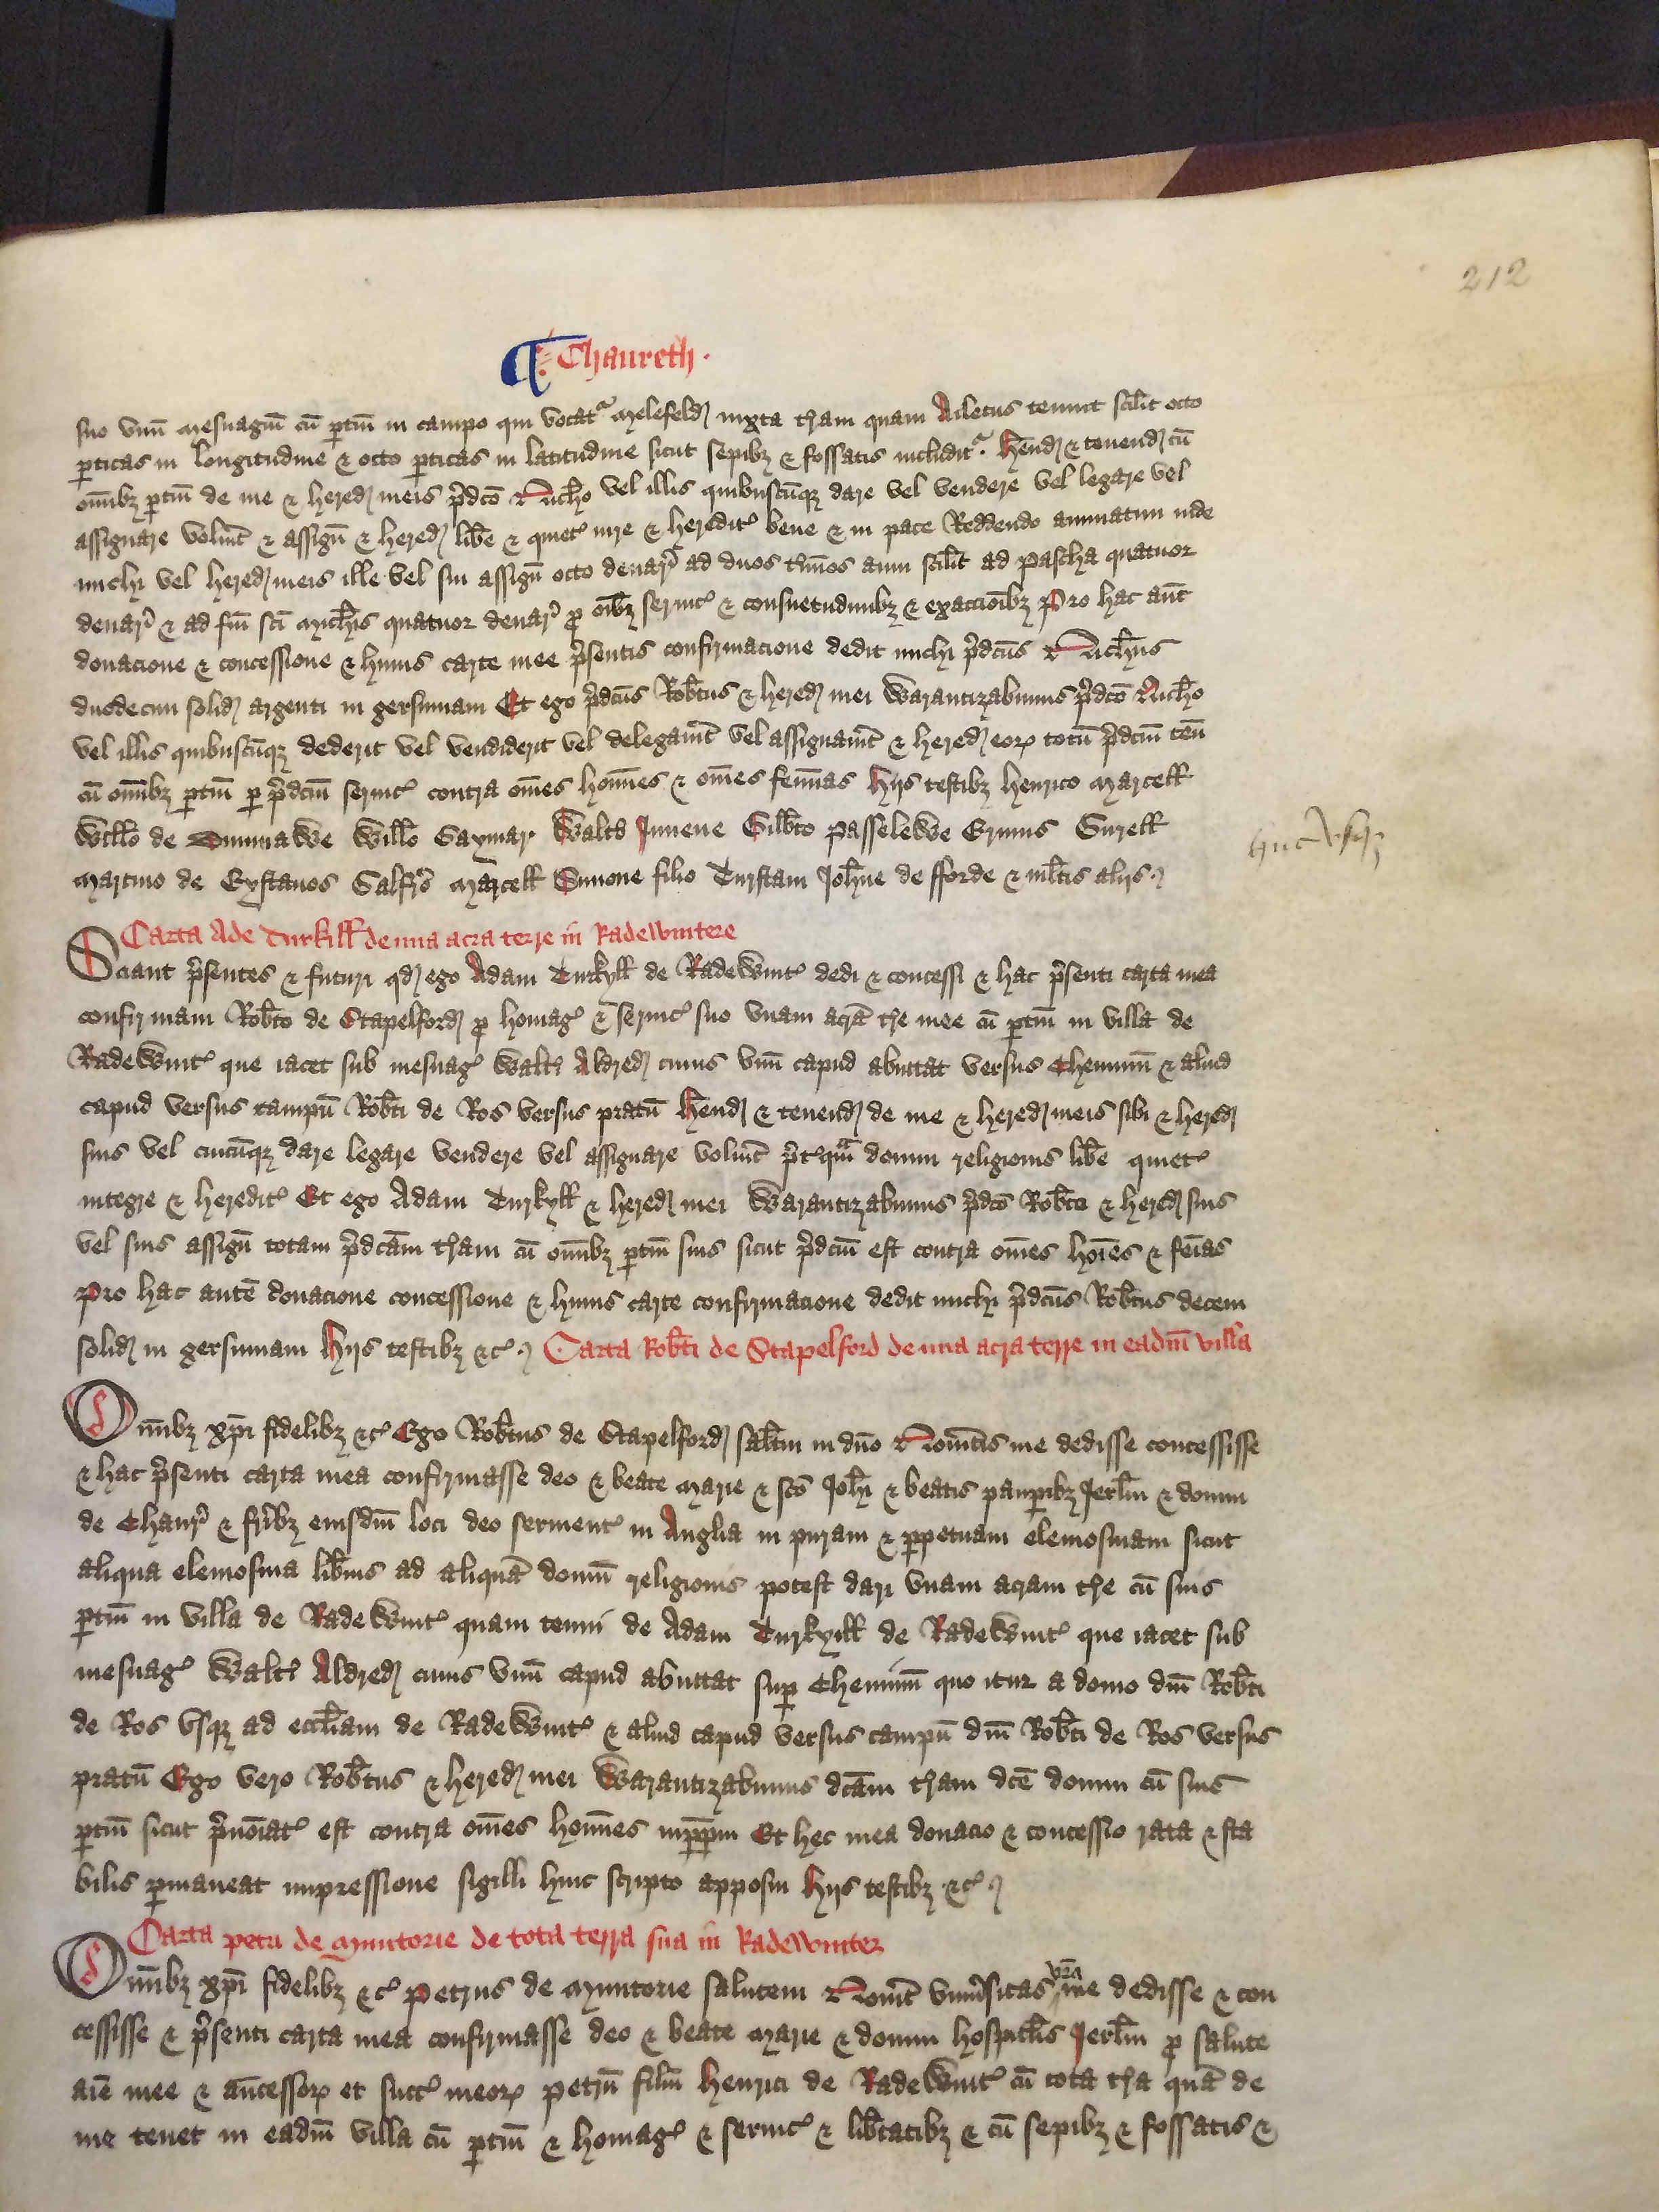
Shelfmark: London, British Library, Nero E VI
Century: 15